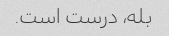
بله، درست است.